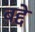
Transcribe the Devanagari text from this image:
बद्दे